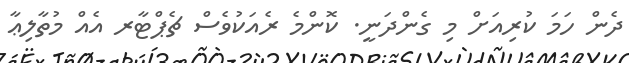
ދެން ހަމަ ކުރިއަށް މި ގެންދަނީ. ކޮންމެ ރެއަކުވެސް ޗެޕްޓާރ އެއް މުތާލިޢާ